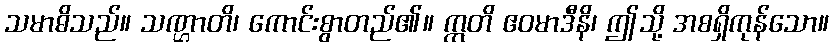
သမာဓိသည်။ သဏ္ဌာတိ၊ ကောင်းစွာတည်၏။ ဣတိ ဧဝမာဒီနိ၊ ဤသို့ အစရှိကုန်သော။